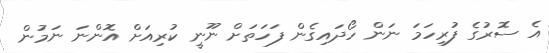
އެ ސޮރުގެ ފުރިހަމަ ނަން ހޯދައިގެން ފަހަތަށް ނޫނީ ކުރިއަށް އޮންނަ ނަމުން